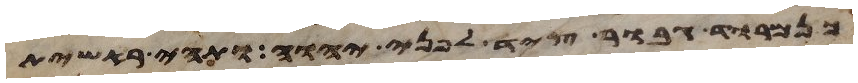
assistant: כנמרוד גבור ציד לפני יהוה ותהי ראשית